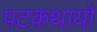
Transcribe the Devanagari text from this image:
पटकथायों